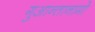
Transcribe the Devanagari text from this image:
गुआन्तानामो